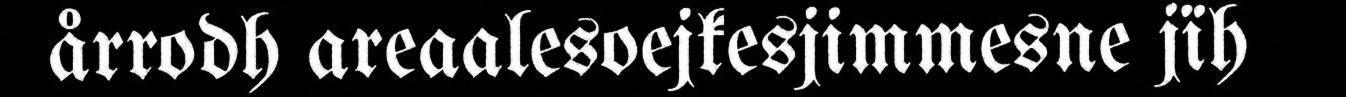
årrodh areaalesoejkesjimmesne jïh